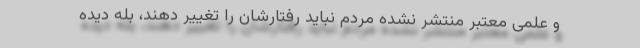
و علمی معتبر منتشر نشده مردم نباید رفتارشان را تغییر دهند، بله دیده